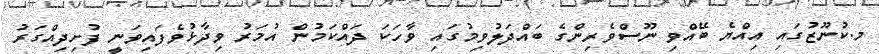
މ.ކުނޫޒުގައި އިއްޔެ ބޭއްވި ނޫސްވެރިންގެ ބައްދަލުވިމުގައި ވާހަކަ ދައްކަމުން އުމަރު ވިދާޅުވެފައިވަނީ ފުށިދިއްގަރު